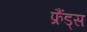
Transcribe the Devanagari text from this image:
फ्रैंड्स